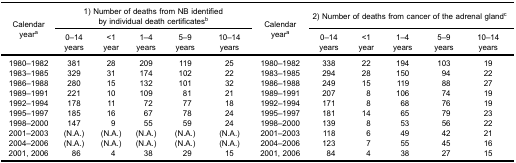
<table><thead><tr><td rowspan="3"><b>Calendar year<sup>a</sup></b></td><td colspan="5"><b>1) Number of deaths from NB identified by individual death certificates<sup>b</sup></b></td><td rowspan="3"><b>Calendar year<sup>a</sup></b></td><td colspan="5"><b>2) Number of deaths from cancer of the adrenal gland<sup>c</sup></b></td></tr><tr><td><b>0–14 years</b></td><td><b>&lt;1 year</b></td><td><b>1–4 years</b></td><td><b>5–9 years</b></td><td><b>10–14 years</b></td><td><b>0–14 years</b></td><td><b>&lt;1 year</b></td><td><b>1–4 years</b></td><td><b>5–9 years</b></td><td><b>10–14 years</b></td></tr></thead><tbody><tr><td>1980–1982</td><td>381</td><td>28</td><td>209</td><td>119</td><td>25</td><td>1980–1982</td><td>338</td><td>22</td><td>194</td><td>103</td><td>19</td></tr><tr><td>1983–1985</td><td>329</td><td>31</td><td>174</td><td>102</td><td>22</td><td>1983–1985</td><td>294</td><td>28</td><td>150</td><td>94</td><td>22</td></tr><tr><td>1986–1988</td><td>280</td><td>15</td><td>132</td><td>101</td><td>32</td><td>1986–1988</td><td>249</td><td>15</td><td>119</td><td>88</td><td>27</td></tr><tr><td>1989–1991</td><td>221</td><td>10</td><td>109</td><td>81</td><td>21</td><td>1989–1991</td><td>207</td><td>8</td><td>106</td><td>74</td><td>19</td></tr><tr><td>1992–1994</td><td>178</td><td>11</td><td>72</td><td>77</td><td>18</td><td>1992–1994</td><td>171</td><td>8</td><td>68</td><td>76</td><td>19</td></tr><tr><td>1995–1997</td><td>185</td><td>16</td><td>67</td><td>78</td><td>24</td><td>1995–1997</td><td>181</td><td>14</td><td>65</td><td>79</td><td>23</td></tr><tr><td>1998–2000</td><td>147</td><td>9</td><td>55</td><td>59</td><td>24</td><td>1998–2000</td><td>139</td><td>8</td><td>53</td><td>56</td><td>22</td></tr><tr><td>2001–2003</td><td>(N.A.)</td><td>(N.A.)</td><td>(N.A.)</td><td>(N.A.)</td><td>(N.A.)</td><td>2001–2003</td><td>118</td><td>6</td><td>49</td><td>42</td><td>21</td></tr><tr><td>2004–2006</td><td>(N.A.)</td><td>(N.A.)</td><td>(N.A.)</td><td>(N.A.)</td><td>(N.A.)</td><td>2004–2006</td><td>123</td><td>7</td><td>55</td><td>45</td><td>16</td></tr><tr><td>2001, 2006</td><td>86</td><td>4</td><td>38</td><td>29</td><td>15</td><td>2001, 2006</td><td>84</td><td>4</td><td>38</td><td>27</td><td>15</td></tr></tbody></table>